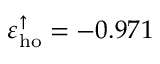
\varepsilon _ { \mathrm { h o } } ^ { \uparrow } = - 0 . 9 7 1